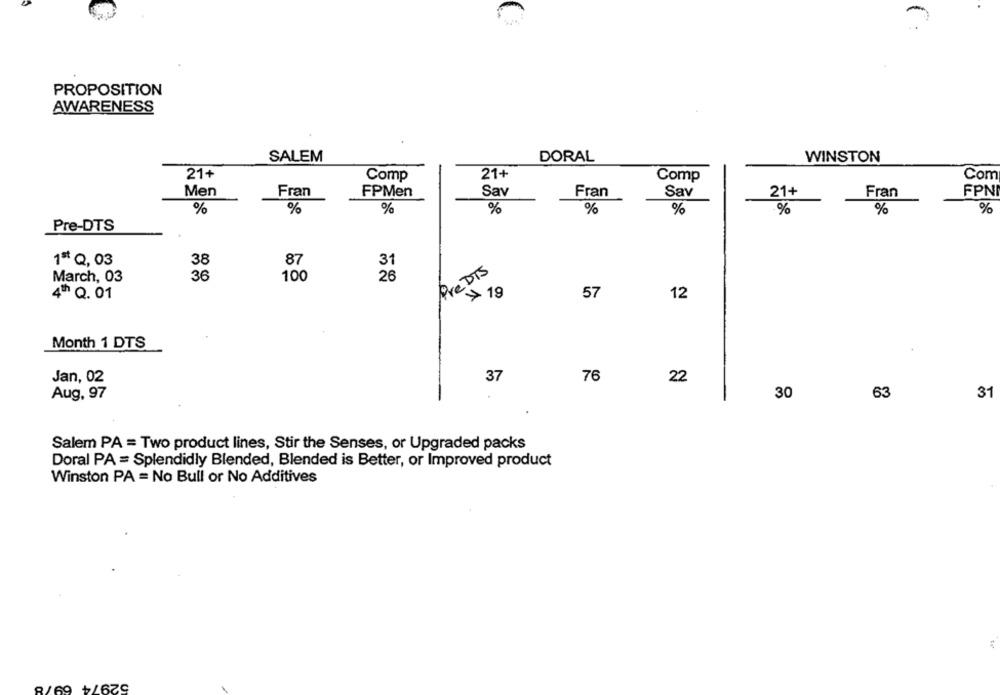
PROPOSITION
AWARENESS
SALEM
DORAL
WINSTON
21+
Comp
21+
Comp
Com
Men
Fran
FPMen
Sav
Fran
Sav
21+
Fran
FPN
%
%
%
%
%
%
%
%
%
Pre-DTS
1ª Q, 03
38
87
31
Pre DTS
March, 03
36
100
26
> 19
4Th Q. 01
57
12
Month 1 DTS
Jan, 02
37
76
22
Aug, 97
30
63
31
Salem PA = Two product lines, Stir the Senses, or Upgraded packs
Doral PA = Splendidly Blended, Blended is Better, or Improved product
Winston PA = No Bull or No Additives
52974
8/69